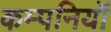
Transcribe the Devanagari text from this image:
कम्पनियॉं